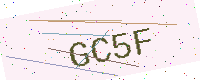
Text: GC5F